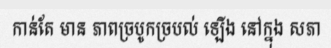
កាន់តែ មាន ភាពច្របូកច្របល់ ឡើង នៅក្នុង សភា